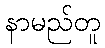
နာမည်တူ